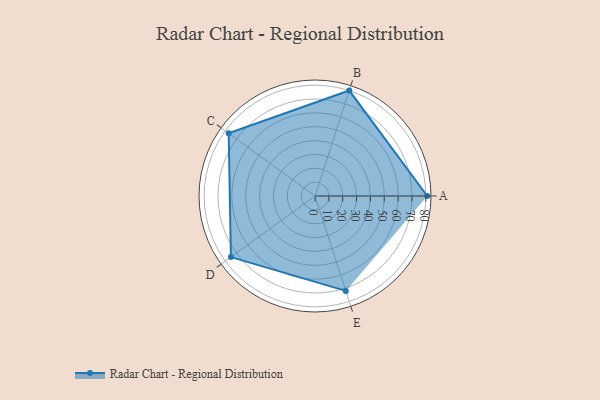
{"axis": {"x": "Skill", "y": "Score"}, "legend": ["Profile"], "data": [{"x": "A", "y": 81.0, "type": "Profile"}, {"x": "B", "y": 80.0, "type": "Profile"}, {"x": "C", "y": 77.0, "type": "Profile"}, {"x": "D", "y": 75.0, "type": "Profile"}, {"x": "E", "y": 72.0, "type": "Profile"}]}